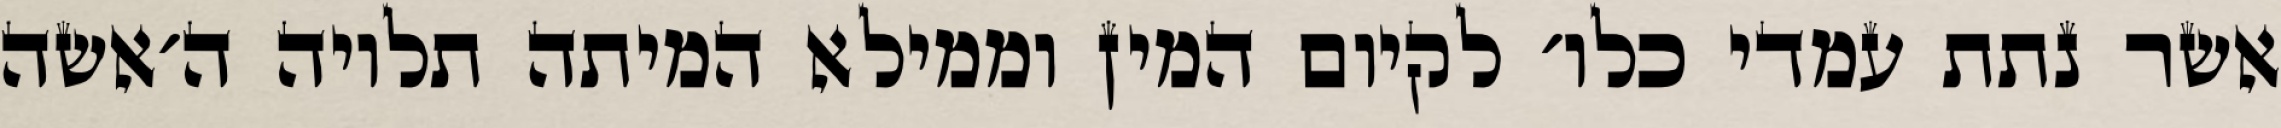
אשר נתת עמדי כלו׳ לקיום המין וממילא המיתה תלויה ה׳אשה